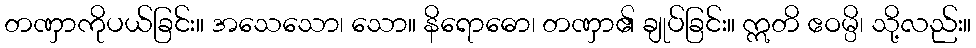
တဏှာကိုပယ်ခြင်း။ အသေသော၊ သော။ နိရောဓော၊ တဏှာ၏ ချုပ်ခြင်း။ ဣတိ ဧဝမ္ပိ၊ သို့လည်း။